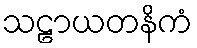
သဠာယတနိကံ